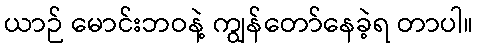
ယာဉ် မောင်းဘဝနဲ့ ကျွန်တော်နေခဲ့ရ တာပါ။